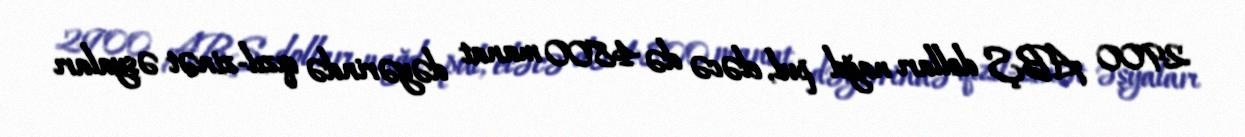
2900 ABŞ dolları nağd pul, eləcə də 4800 manat dəyərində qızıl-zinət əşyaları